Report of the Indian Hemp Drugs Commission, 1894-1895 - Volume VII
Year: 1894
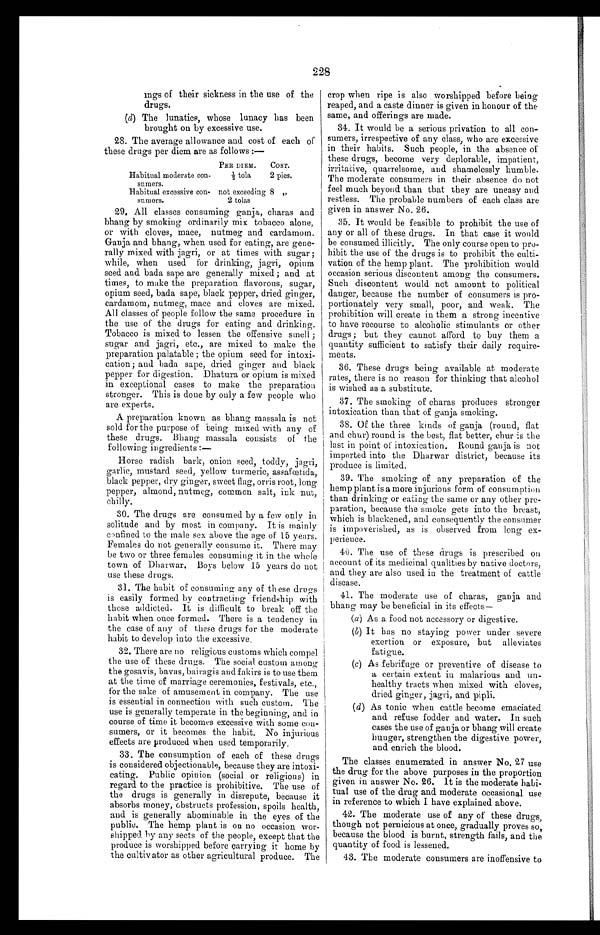
228
mgs of their sickness in the use of the
drugs.
(d) The lunatics, whose lunacy has been
brought on by excessive use.
28. The average allowance and cost of each of
these drugs per diem are as follows :—
PER DIEM.
COST.
Habitual moderate con-
sumers.
½ tola
2 pies.
Habitual excessive con-
sumers.
not exceeding
2 tolas
8 „
29. All classes consuming ganja, charas and
bhang by smoking ordinarily mix tobacco alone,
or with cloves, mace, nutmeg and cardamom.
Ganja and bhang, when used for eating, are gene-
rally mixed with jagri, or at times with sugar ;
while, when used for drinking, jagri, opium
seed and bada sape are generally mixed ; and at
times, to make the preparation flavorous, sugar,
opium seed, bada sape, black pepper, dried ginger,
cardamom, nutmeg, mace and cloves are mixed.
All classes of people follow the same procedure in
the use of the drugs for eating and drinking.
Tobacco is mixed to lessen the offensive smell ;
sugar and jagri, etc., are mixed to make the
preparation palatable ; the opium seed for intoxi-
cation; and bada sape, dried ginger and black
pepper for digestion. Dhatura or opium is mixed
in exceptional cases to make the preparation
stronger. This is done by only a few people who
are experts.
A preparation known as bhang massala is not
sold for the purpose of being mixed with any of
these drugs. Bhang massala consists of the
following ingredients :
—
Horse radish bark, onion seed, toddy, jagri,
garlic, mustard seed, yellow turmeric, assafœtida,
black pepper, dry ginger, sweet flag, orris root, long
pepper, almond, nutmeg, common salt, ink nut,
chilly.
30. The drugs are consumed by a few only in
solitude and by most in company. It is mainly
confined to the male sex above the age of 15 years.
Females do not generally consume it. There may
be two or three females consuming it in the whole
town of Dharwar. Boys below 15 years do not
use these drugs.
31. The habit of consuming any of these drugs
is easily formed by contracting friendship with
those addicted, It is difficult to break off the
habit when once formed. There is a tendency in
the case of any of these drugs for the moderate
habit to develop into the excessive.
32. There are no religious customs which compel
the use of these drugs. The social custom among
the gosavis, bavas, bairagis and fakirs is to use them
at the time of marriage ceremonies, festivals, etc.,
for the sake of amusement in company. The use
is essential in connection with such custom. The
use is generally temperate in the beginning, and in
course of time it becomes excessive with some con-
sumers, or it becomes the habit. No injurious
effects are produced when used temporarily,
33. The consumption of each of these drugs
is considered objectionable, because they are intoxi-
cating. Public opinion (social or religious) in
regard to the practice is prohibitive. The use of
the drugs is generally in disrepute, because it
absorbs money, obstructs profession, spoils health,
and is generally abominable in the eyes of the
public. The hemp plant is on no occasion wor-
shipped by any sects of the people, except that the
produce is worshipped before carrying it home by
the cultivator as other agricultural produce. The
crop when ripe is also worshipped before being
reaped, and a caste dinner is given in honour of the
same, and offerings are made.
34. It would be a serious privation to all con-
sumers, irrespective of any class, who are excessive
in their habits. Such people, in the absence of
these drugs, become very deplorable, impatient,
irritative, quarrelsome, and shamelessly humble.
The moderate consumers in their absence do not
feel much beyond than that they are uneasy and
restless. The probable numbers of each class are
given in answer No. 26.
35. It would be feasible to prohibit the use of
any or all of these drugs. In that case it would
be consumed illicitly. The only course open to pro-
hibit the use of the drugs is to prohibit the culti-
vation of the hemp plant. The prohibition would
occasion serious discontent among the consumers.
Such discontent would not amount to political
danger, because the number of consumers is pro-
portionately very small, poor, and weak. The
prohibition will create in them a strong incentive
to have recourse to alcoholic stimulants or other
drugs ; but they cannot afford to buy them a
quantity sufficient to satisfy their daily require-
ments.
36. These drugs being available at moderate
rates, there is no reason for thinking that alcohol
is wished as a substitute.
37. The smoking of charas produces stronger
intoxication than that of ganja smoking.
38. Of the three kinds of ganja (round, flat
and chur) round is the best, flat better, chur is the
last in point of intoxication. Round ganja is not
imported into the Dharwar district, because its
produce is limited.
39. The smoking of any preparation of the
hemp plant is a more in j urious form of consumption
than drinking or eating the same or any other pre-
paration, because the smoke gets into the breast,
which is blackened, and consequently the consumer
is impoverished, as is observed from long ex-
perience.
40. The use of these drugs is prescribed on
account of its medicinal qualities b y native doctors,
and they are also used in the treatment of cattle
disease.
41. The moderate use of charas, ganja and
bhang may be beneficial in its effects–
(a) As a food not accessory or digestive.
(b) It has no staying power under severe
exertion or exposure, but alleviates
fatigue.
(c) As febrifuge or preventive of disease to
a certain extent in malarious and un-
healthy tracts when mixed with cloves,
dried ginger, jagri, and pipli.
(d) As tonic when cattle become emaciated
and refuse fodder and water. In such
cases the use of ganja or bhang will create
hunger, strengthen the digestive power,
and enrich the blood.
The classes enumerated in answer No. 27 use
the drug for the above purposes in the proportion
given in answer No. 26. It is the moderate habi
¬ t u a l u s e o f t h e d r u g a n d m o d e r a t e o c c a s i o n a l u s e
in reference to which I have explained above.
42. The moderate use of any of these drugs,
though not pernicious at once, gradually proves so,
because the blood is burnt, strength fails, and the
quantity of food is lessened.
43. The moderate consumers are inoffensive to